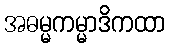
အဓမ္မကမ္မာဒိကထာ